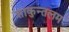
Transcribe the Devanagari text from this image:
शाकुन्तलम